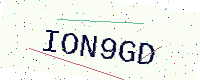
Text: ION9GD